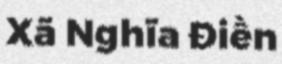
Xã Nghĩa Điền